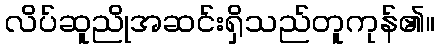
လိပ်ဆူညိုအဆင်းရှိသည်တူကုန်၏။